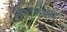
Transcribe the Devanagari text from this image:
रोगाशिवाय